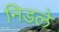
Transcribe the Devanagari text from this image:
निडले